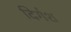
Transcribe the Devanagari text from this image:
दिर्गश